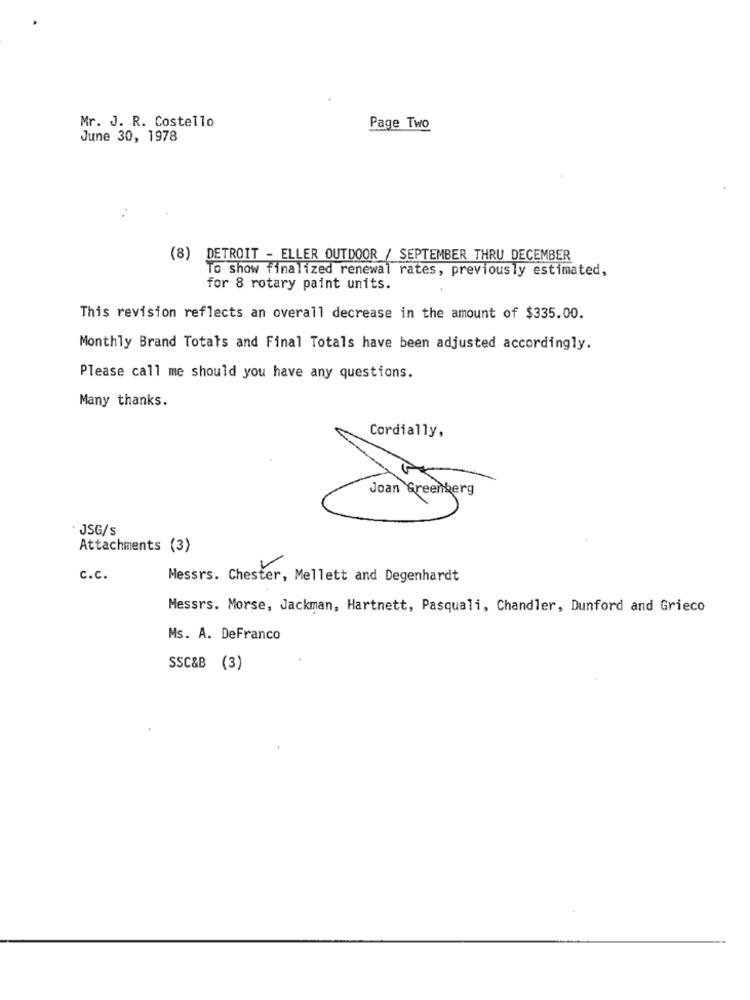
Mr. J. R. Costello
Page Two
June 30, 1978
DETROIT - ELLER OUTDOOR / SEPTEMBER THRU DECEMBER
To show finalized renewal rates, previously estimated,
for 8 rotary paint units.
This revision reflects an overall decrease in the amount of $335.00.
Monthly Brand Totats and Final Totals have been adjusted accordingly.
Please call me should you have any questions.
Many thanks.
Cordially,
Joan Greenberg
JSG/s
Attachments (3)
c.c.
Messrs. Chester, Mellett and Degenhardt
Messrs. Morse, Jackman, Hartnett, Pasquali, Chandler, Dunford and Grieco
Ms. A. DeFranco
SSC&B (3)